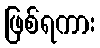
ဖြစ်ရကား